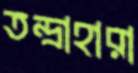
তন্দ্রাহারা